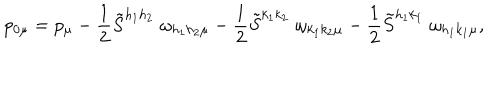
LaTeX: p _ { 0 \mu } = p _ { \mu } - \frac { 1 } { 2 } \tilde { S } ^ { h _ { 1 } h _ { 2 } } \; \omega _ { h _ { 1 } h _ { 2 } \mu } - \frac { 1 } { 2 } \tilde { S } ^ { k _ { 1 } k _ { 2 } } \; \omega _ { k _ { 1 } k _ { 2 } \mu } - \frac { 1 } { 2 } \tilde { S } ^ { h _ { 1 } k _ { 1 } } \; \omega _ { h _ { 1 } k _ { 1 } \mu } ,